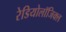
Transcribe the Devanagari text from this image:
रेडियोलॉजिक्ल